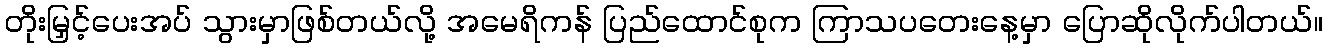
တိုးမြှင့်ပေးအပ် သွားမှာဖြစ်တယ်လို့ အမေရိကန် ပြည်ထောင်စုက ကြာသပတေးနေ့မှာ ပြောဆိုလိုက်ပါတယ်။